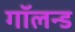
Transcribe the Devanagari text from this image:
गॉलन्ड